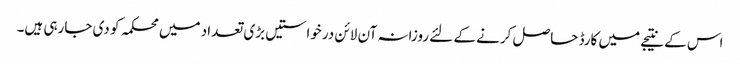
اس کے نتیجے میں کارڈ حاصل کرنے کے لئے روزانہ آن لائن درخواستیں بڑی تعداد میں محکمہ کو دی جارہی ہیں۔